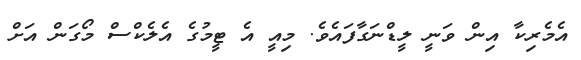
އެމެރިކާ އިން ވަނީ ލީޑްނަގާފައެވެ. މިއީ އެ ޓީމުގެ އެލެކްސް މޯގަން އަށް